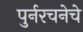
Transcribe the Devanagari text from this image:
पुर्नरचनेचे